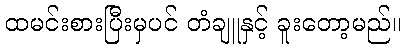
ထမင်းစားပြီးမှပင် တံချူနှင့် ခူးတော့မည်။